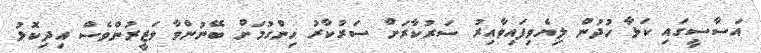
އަސާސީގައި ކަޅާ ހުދުން ލިޔެވިފައިވާއިރު ސަރުކާރަށް ސަރުކާރު ހިންގުމަށް ބޭނުންވާ ވަޒީރުންވެސް އިދިކޮޅު